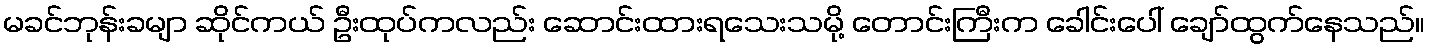
မခင်ဘုန်းခမျာ ဆိုင်ကယ် ဦးထုပ်ကလည်း ဆောင်းထားရသေးသမို့ တောင်းကြီးက ခေါင်းပေါ် ချော်ထွက်နေသည်။